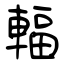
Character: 輻